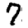
Digit: 7